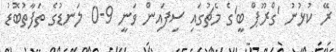
ރޭ ކުޅުނު 'ގްރޫޕް ބީ'ގެ މެޗުގައި ސިފައިން ވަނީ 9-0 ލަނޑުގެ ތަފާތުބޮޑު